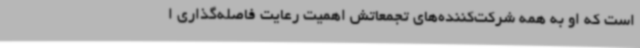
است که او به همه شرکت‌کننده‌های تجمعاتش اهمیت رعایت فاصله‌گذاری ا